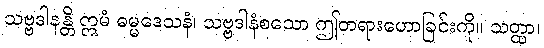
သဗ္ဗဒါနန္တိ ဣမံ ဓမ္မဒေသနံ၊ သဗ္ဗဒါနံစသော ဤတရားဟောခြင်းကို။ သတ္ထာ၊